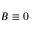
B \equiv 0